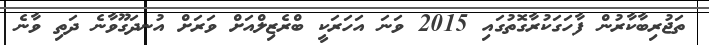
ތަޖުރިބާކާރުން ފާހަގަކުރާގޮތުގައި 2015 ވަނަ އަހަރަކީ ބްރެޒިލްއަށް ވަރަށް އުނދަގޫވާނެ ދަތި ވާނެ